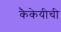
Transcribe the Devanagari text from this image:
कैकेयीची